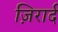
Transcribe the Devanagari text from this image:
ज़िरार्द